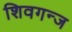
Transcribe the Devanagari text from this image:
शिवगन्ज